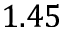
1 . 4 5